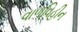
વાળવિહીન